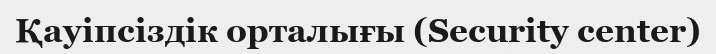
Қауіпсіздік орталығы (Security center)